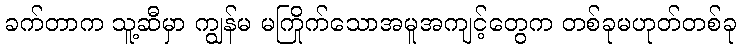
ခက်တာက သူ့ဆီမှာ ကျွန်မ မကြိုက်သောအမူအကျင့်တွေက တစ်ခုမဟုတ်တစ်ခု